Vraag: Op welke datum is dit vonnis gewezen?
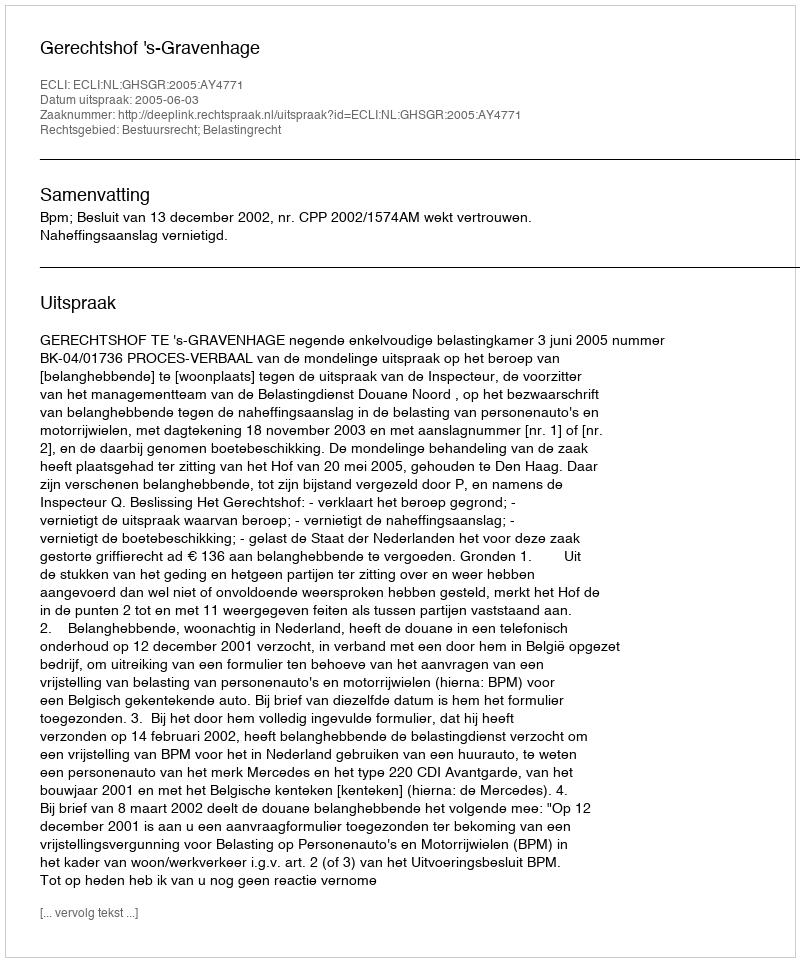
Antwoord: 2005-06-03